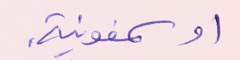
او سمفونية.